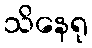
သိနေရု